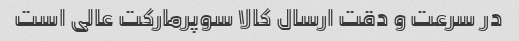
در سرعت و دقت ارسال کالا سوپرمارکت عالی است